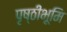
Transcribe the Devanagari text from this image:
पृष्ठीभूमि